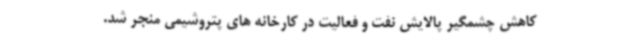
کاهش چشمگیر پالایش نفت و فعالیت در کارخانه های پتروشیمی منجر شد.